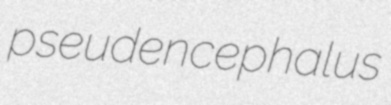
pseudencephalus